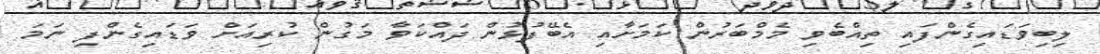
ލިބިވަޑައިގެންފައި ތިއްބެވި މެމްބަރުން ކަމަށާއި އެބޭފުޅުން ދައްކަވާ މަގުން ކުރިއަށް ވަޑައިގެންފި ނަމަ